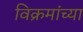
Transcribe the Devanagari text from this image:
विक्रमांच्या